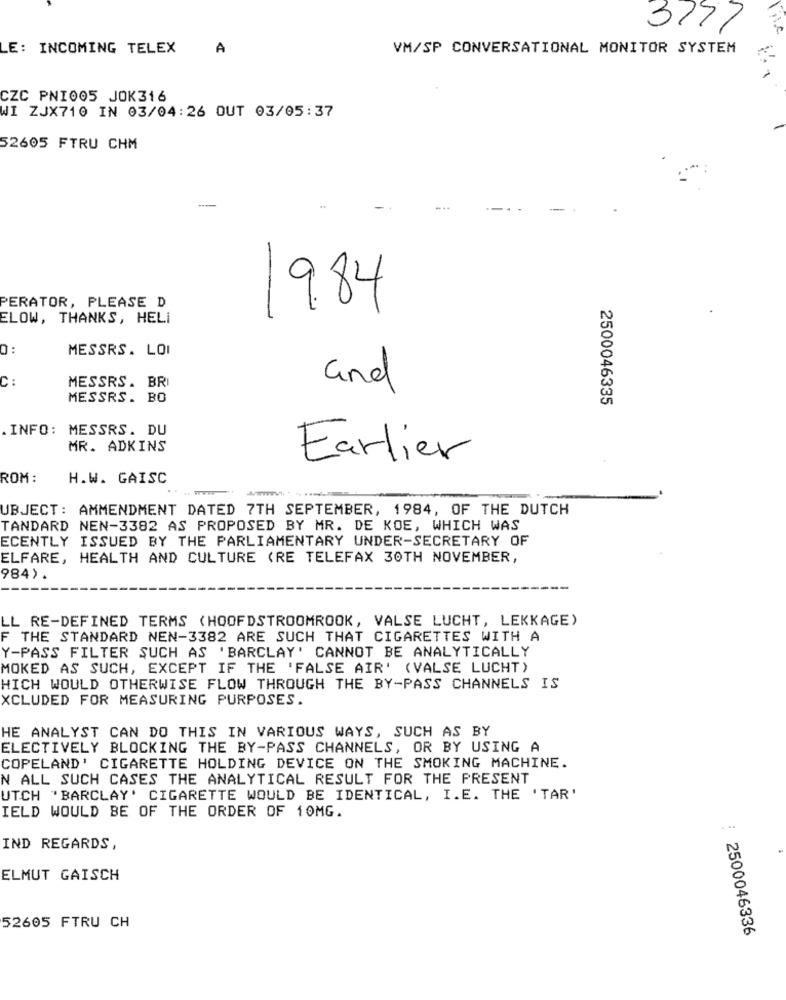
3777
E: INCOMING TELEX
A
VM/SP CONVERSATIONAL MONITOR SYSTEM
CZC PNI005 JOK316
WI ZJX710 IN 03/04:26 OUT 03/05:37
52605 FTRU CHM
19.84
PERATOR, PLEASE D
ELOW, THANKS, HELİ
MESSRS. LOI
C:
MESSRS. BRI
and
MESSRS. BO
2500046335
. INFO: MESSRS. DU
MR. ADKINS
Earlier
ROM :
H.W. GAISC
UBJECT: AMMENDMENT DATED 7TH SEPTEMBER, 1984, OF THE DUTCH
TANDARD NEN-3382 AS PROPOSED BY MR. DE KOE, WHICH WAS
ECENTLY ISSUED BY THE PARLIAMENTARY UNDER-SECRETARY OF
ELFARE, HEALTH AND CULTURE (RE TELEFAX 30TH NOVEMBER,
984).
LL RE-DEFINED TERMS (HOOFDSTROOMROOK, VALSE LUCHT, LEKKAGE)
THE STANDARD NEN-3382 ARE SUCH THAT CIGARETTES WITH A
Y-PASS FILTER SUCH AS 'BARCLAY' CANNOT BE ANALYTICALLY
MOKED AS SUCH, EXCEPT IF THE 'FALSE AIR' (VALSE LUCHT)
HICH WOULD OTHERWISE FLOW THROUGH THE BY-PASS CHANNELS IS
XCLUDED FOR MEASURING PURPOSES.
HE ANALYST CAN DO THIS IN VARIOUS WAYS, SUCH AS BY
ELECTIVELY BLOCKING THE BY-PASS CHANNELS, OR BY USING A
COPELAND' CIGARETTE HOLDING DEVICE ON THE SMOKING MACHINE.
N ALL SUCH CASES THE ANALYTICAL RESULT FOR THE PRESENT
UTCH 'BARCLAY' CIGARETTE WOULD BE IDENTICAL, I.E. THE 'TAR'
IELD WOULD BE OF THE ORDER OF 10MG.
. ..
IND REGARDS,
ELMUT GAISCH
52605 FTRU CH
2500046336